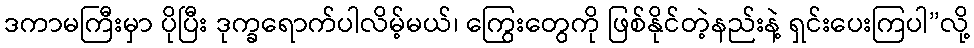
ဒကာမကြီးမှာ ပိုပြီး ဒုက္ခရောက်ပါလိမ့်မယ်၊ ကြွေးတွေကို ဖြစ်နိုင်တဲ့နည်းနဲ့ ရှင်းပေးကြပါ”လို့